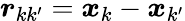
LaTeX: \boldsymbol{r}_{kk^{\prime}}=\boldsymbol{x}_{k}-\boldsymbol{x}_{k^{\prime}}